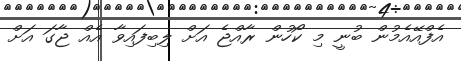
އެފްއޭއެމުން ބުނީ މި ކޯހުން ރާއްޖެ އަށް ލިބިފައިވާ އެއް ޖާގަ އަށް